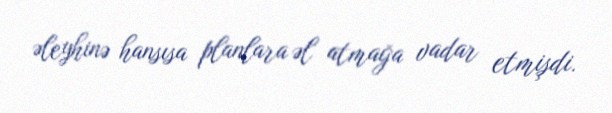
əleyhinə hansısa planlara əl atmağa vadar etmişdi.